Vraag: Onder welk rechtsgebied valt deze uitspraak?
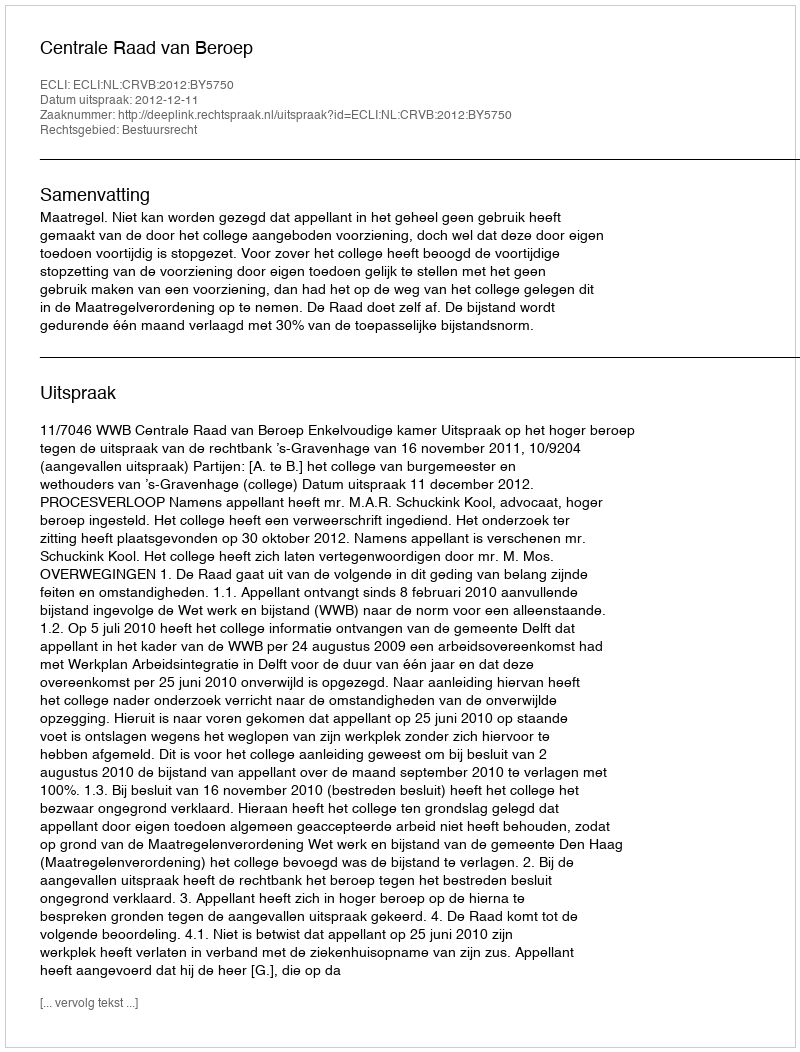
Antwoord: Bestuursrecht